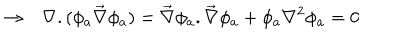
LaTeX: \rightarrow \ \ \ \nabla . ( \phi _ { a } \vec { \nabla } \phi _ { a } ) = \vec { \nabla } \phi _ { a } . \vec { \nabla } \phi _ { a } + \phi _ { a } \nabla ^ { 2 } \phi _ { a } = 0